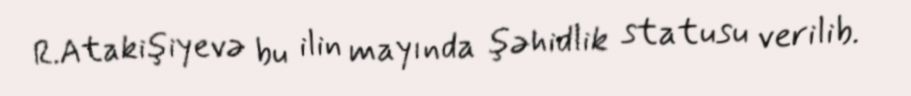
R.Atakişiyevə bu ilin mayında şəhidlik statusu verilib.